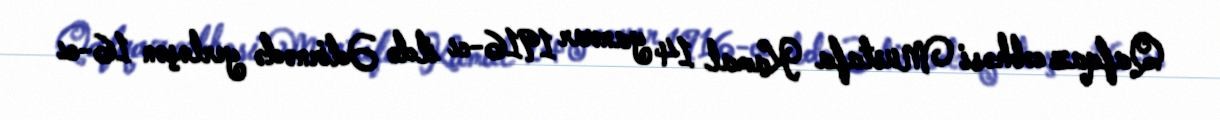
Qafqaz cəbhəsi Mustafa Kamal 14 yanvar 1916-cı ildə Ədirnədə yerləşən 16-cı